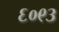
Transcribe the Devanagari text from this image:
६०९३